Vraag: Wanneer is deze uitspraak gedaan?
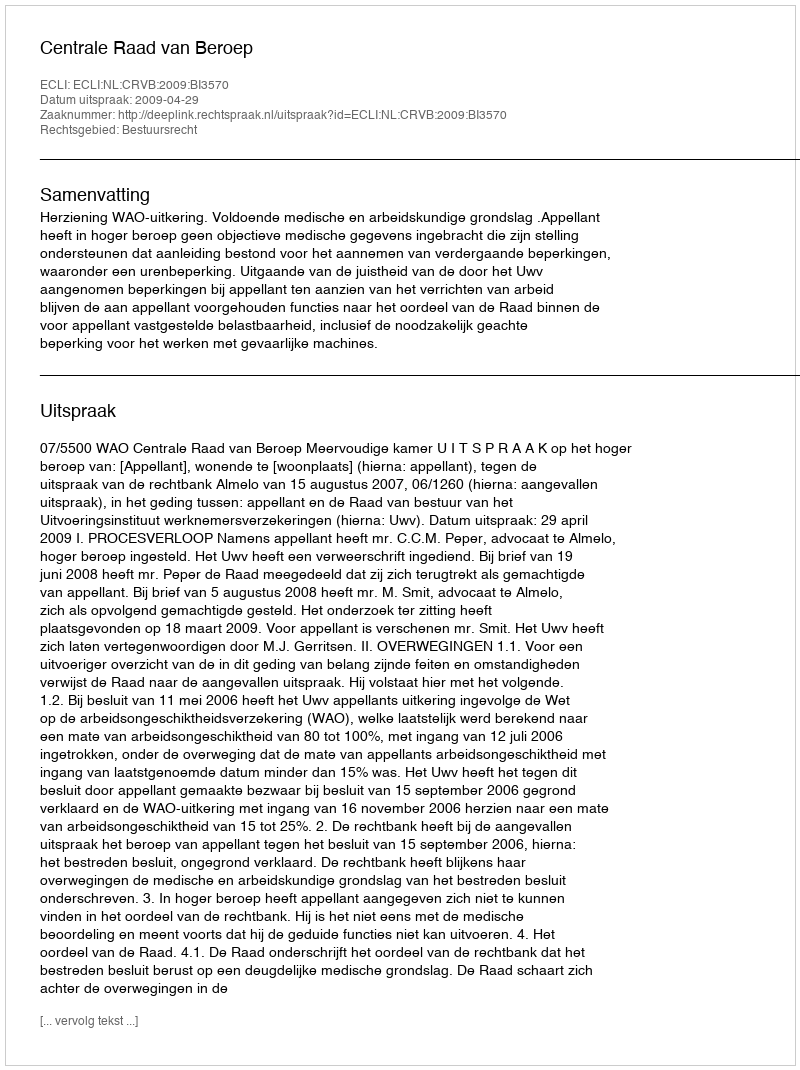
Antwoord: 2009-04-29